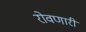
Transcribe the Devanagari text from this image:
रोवणारी